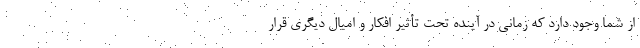
از شما وجود دارد که زمانی در آینده تحت تأثیر افکار و امیال دیگری قرار